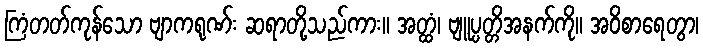
ကြံတတ်ကုန်သော ဗျာကရုဏ်း ဆရာတို့သည်ကား။ အတ္ထံ၊ ဗျူပ္ပတ္တိအနက်ကို။ အဝိစာရေတွာ၊